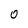
Character: 0